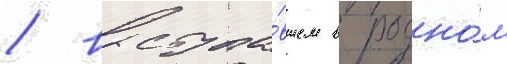
/ выступа́вшем в родно́м